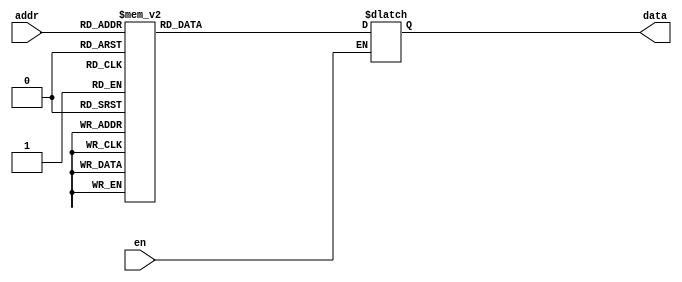
module ram_control_a
    (
        en,
        addr,
        data
    );
    
    input en;
    input [7:0] addr;
    
    output [15:0] data;
    
    reg [15:0] data;
    
    initial
        begin
            data = 16'b0000000000000000;
        end
    
    always @ (addr)
        begin
            if (en == 1'b0)
                begin
                    case (addr)
                        8'b00000000: data = 16'b0000000000000000;
                        8'b00000001: data = 16'b0000000011000000;
                        8'b00000010: data = 16'b0000110000011000;
                        8'b00000011: data = 16'b0000000000000000;
                        8'b00000100: data = 16'b0000000000000000;
                        8'b00000101: data = 16'b0000000000000000;
                        8'b00000110: data = 16'b0000000000000000;
                        8'b00000111: data = 16'b0000000000000001;
                        8'b00001000: data = 16'b0000000000000000;
                        8'b00001001: data = 16'b0000000000000000;
                        8'b00001010: data = 16'b0000000000000000;
                        8'b00001011: data = 16'b0000000000000000;
                        8'b00001100: data = 16'b0000000000000001;
                        8'b00001101: data = 16'b0000000011000000;
                        8'b00001110: data = 16'b0010110000000000;
                        8'b00001111: data = 16'b0000000000000000;
                        8'b00010000: data = 16'b0000000000000000;
                        8'b00010001: data = 16'b0000000000000000;
                        8'b00010010: data = 16'b0000000000000000;
                        8'b00010011: data = 16'b0000000000000001;
                        8'b00010100: data = 16'b0000000000000000;
                        8'b00010101: data = 16'b0000000000000000;
                        8'b00010110: data = 16'b0000000000000000;
                        8'b00010111: data = 16'b0000000000000000;
                        8'b00011000: data = 16'b0000000000000001;
                        8'b00011001: data = 16'b0000000000000000;
                        8'b00011010: data = 16'b0000000000000000;
                        8'b00011011: data = 16'b0000000000000000;
                        8'b00011100: data = 16'b0000000000000000;
                        8'b00011101: data = 16'b0000000000000001;
                        8'b00011110: data = 16'b0000000011000000;
                        8'b00011111: data = 16'b0010110000000000;
                        8'b00100000: data = 16'b0000000000000000;
                        8'b00100001: data = 16'b0000000000000000;
                        8'b00100010: data = 16'b0000000000000000;
                        8'b00100011: data = 16'b0000000000000000;
                        8'b00100100: data = 16'b0000000000000001;
                        8'b00100101: data = 16'b0000000000000000;
                        8'b00100110: data = 16'b0000000000000000;
                        8'b00100111: data = 16'b0000000000000000;
                        8'b00101000: data = 16'b0000000000000000;
                        8'b00101001: data = 16'b0000000000000001;
                        8'b00101010: data = 16'b0000000011000000;
                        8'b00101011: data = 16'b0000110000111000;
                        8'b00101100: data = 16'b0000000011000000;
                        8'b00101101: data = 16'b0000110000000000;
                        8'b00101110: data = 16'b0000000000000000;
                        8'b00101111: data = 16'b0000000000000000;
                        8'b00110000: data = 16'b0000000000000001;
                        8'b00110001: data = 16'b0000000011000000;
                        8'b00110010: data = 16'b0000110000000000;
                        8'b00110011: data = 16'b0000000000000000;
                        8'b00110100: data = 16'b0000000000000000;
                        8'b00110101: data = 16'b0000000000000001;
                        8'b00110110: data = 16'b0000000011000000;
                        8'b00110111: data = 16'b0000110000000000;
                        8'b00111000: data = 16'b0000000011000000;
                        8'b00111001: data = 16'b0010110000000000;
                        8'b00111010: data = 16'b0000000000000000;
                        8'b00111011: data = 16'b0000000000000000;
                        8'b00111100: data = 16'b0000000000000001;
                        8'b00111101: data = 16'b1100000011000000;
                        8'b00111110: data = 16'b0000110000000000;
                        8'b00111111: data = 16'b1100000011000000;
                        8'b01000000: data = 16'b0000000000000000;
                        8'b01000001: data = 16'b0001000000000000;
                        8'b01000010: data = 16'b0100100000000000;
                        8'b01000011: data = 16'b0001000000000000;
                        8'b01000100: data = 16'b0100010000000000;
                        8'b01000101: data = 16'b0000000000000001;
                        8'b01000110: data = 16'b0000000000000010;
                        8'b01000111: data = 16'b1100000011000000;
                        8'b01001000: data = 16'b0000110000000000;
                        8'b01001001: data = 16'b1100000011000000;
                        8'b01001010: data = 16'b0000110000000000;
                        8'b01001011: data = 16'b0001000000000000;
                        8'b01001100: data = 16'b0100100000000010;
                        8'b01001101: data = 16'b0001000000000000;
                        8'b01001110: data = 16'b0100010000000010;
                        8'b01001111: data = 16'b0000000000000001;
                        8'b01010000: data = 16'b1100000011000000;
                        8'b01010001: data = 16'b0000110000000000;
                        8'b01010010: data = 16'b1100000011000000;
                        8'b01010011: data = 16'b0000110000000000;
                        8'b01010100: data = 16'b0001000000000000;
                        8'b01010101: data = 16'b0100100000000100;
                        8'b01010110: data = 16'b0001000000000000;
                        8'b01010111: data = 16'b0100010000000100;
                        8'b01011000: data = 16'b0000000000000001;
                        8'b01011001: data = 16'b1100000000000000;
                        8'b01011010: data = 16'b1100000000000000;
                        8'b01011011: data = 16'b1100000011000000;
                        8'b01011100: data = 16'b0000110000000000;
                        8'b01011101: data = 16'b1100000011000000;
                        8'b01011110: data = 16'b0000110000000000;
                        8'b01011111: data = 16'b0100000000000000;
                        8'b01100000: data = 16'b0100000000000000;
                        8'b01100001: data = 16'b0100000100000000;
                        8'b01100010: data = 16'b0000000000000000;
                        8'b01100011: data = 16'b1100001000000000;
                        8'b01100100: data = 16'b0000000000000000;
                        8'b01100101: data = 16'b1100000000000000;
                        8'b01100110: data = 16'b1100000000000000;
                        8'b01100111: data = 16'b0001000000000000;
                        8'b01101000: data = 16'b0100100000000000;
                        8'b01101001: data = 16'b0001000000000000;
                        8'b01101010: data = 16'b0100010000000000;
                        8'b01101011: data = 16'b0000000000000001;
                        8'b01101100: data = 16'b0001000000000000;
                        8'b01101101: data = 16'b0100100000000000;
                        8'b01101110: data = 16'b0001000000000000;
                        8'b01101111: data = 16'b0100010000000000;
                        8'b01110000: data = 16'b0000000000000001;
                        8'b01110001: data = 16'b0000000000000000;
                        8'b01110010: data = 16'b0000000000000000;
                        8'b01110011: data = 16'b0000000000000000;
                        8'b01110100: data = 16'b0000000000000000;
                        8'b01110101: data = 16'b0000000000000000;
                        8'b01110110: data = 16'b0000000000000000;
                        8'b01110111: data = 16'b0000000000000000;
                        8'b01111000: data = 16'b0000000000000000;
                        8'b01111001: data = 16'b0000000000000000;
                        8'b01111010: data = 16'b0000000000000000;
                        8'b01111011: data = 16'b0000000000000000;
                        8'b01111100: data = 16'b0000000000000000;
                        8'b01111101: data = 16'b0000000000000000;
                        8'b01111110: data = 16'b0000000000000000;
                        8'b01111111: data = 16'b0000000000000000;
                        8'b10000000: data = 16'b0000000000000000;
                        8'b10000001: data = 16'b0000000000000000;
                        8'b10000010: data = 16'b0000000000000000;
                        8'b10000011: data = 16'b0000000000000000;
                        8'b10000100: data = 16'b0000000000000000;
                        8'b10000101: data = 16'b0000000000000000;
                        8'b10000110: data = 16'b0000000000000000;
                        8'b10000111: data = 16'b0000000000000000;
                        8'b10001000: data = 16'b0000000000000000;
                        8'b10001001: data = 16'b0000000000000000;
                        8'b10001010: data = 16'b0000000000000000;
                        8'b10001011: data = 16'b0000000000000000;
                        8'b10001100: data = 16'b0000000000000000;
                        8'b10001101: data = 16'b0000000000000000;
                        8'b10001110: data = 16'b0000000000000000;
                        8'b10001111: data = 16'b0000000000000000;
                        8'b10010000: data = 16'b0000000000000000;
                        8'b10010001: data = 16'b0000000000000000;
                        8'b10010010: data = 16'b0000000000000000;
                        8'b10010011: data = 16'b0000000000000000;
                        8'b10010100: data = 16'b0000000000000000;
                        8'b10010101: data = 16'b0000000000000000;
                        8'b10010110: data = 16'b0000000000000000;
                        8'b10010111: data = 16'b0000000000000000;
                        8'b10011000: data = 16'b0000000000000000;
                        8'b10011001: data = 16'b0000000000000000;
                        8'b10011010: data = 16'b0000000000000000;
                        8'b10011011: data = 16'b0000000000000000;
                        8'b10011100: data = 16'b0000000000000000;
                        8'b10011101: data = 16'b0000000000000000;
                        8'b10011110: data = 16'b0000000000000000;
                        8'b10011111: data = 16'b0000000000000000;
                        8'b10100000: data = 16'b0000000000000000;
                        8'b10100001: data = 16'b0000000000000000;
                        8'b10100010: data = 16'b0000000000000000;
                        8'b10100011: data = 16'b0000000000000000;
                        8'b10100100: data = 16'b0000000000000000;
                        8'b10100101: data = 16'b0000000000000000;
                        8'b10100110: data = 16'b0000000000000000;
                        8'b10100111: data = 16'b0000000000000000;
                        8'b10101000: data = 16'b0000000000000000;
                        8'b10101001: data = 16'b0000000000000000;
                        8'b10101010: data = 16'b0000000000000000;
                        8'b10101011: data = 16'b0000000000000000;
                        8'b10101100: data = 16'b0000000000000000;
                        8'b10101101: data = 16'b0000000000000000;
                        8'b10101110: data = 16'b0000000000000000;
                        8'b10101111: data = 16'b0000000000000000;
                        8'b10110000: data = 16'b0000000000000000;
                        8'b10110001: data = 16'b0000000000000000;
                        8'b10110010: data = 16'b0000000000000000;
                        8'b10110011: data = 16'b0000000000000000;
                        8'b10110100: data = 16'b0000000000000000;
                        8'b10110101: data = 16'b0000000000000000;
                        8'b10110110: data = 16'b0000000000000000;
                        8'b10110111: data = 16'b0000000000000000;
                        8'b10111000: data = 16'b0000000000000000;
                        8'b10111001: data = 16'b0000000000000000;
                        8'b10111010: data = 16'b0000000000000000;
                        8'b10111011: data = 16'b0000000000000000;
                        8'b10111100: data = 16'b0000000000000000;
                        8'b10111101: data = 16'b0000000000000000;
                        8'b10111110: data = 16'b0000000000000000;
                        8'b10111111: data = 16'b0000000000000000;
                        8'b11000000: data = 16'b0000000000000000;
                        8'b11000001: data = 16'b0000000000000000;
                        8'b11000010: data = 16'b0000000000000000;
                        8'b11000011: data = 16'b0000000000000000;
                        8'b11000100: data = 16'b0000000000000000;
                        8'b11000101: data = 16'b0000000000000000;
                        8'b11000110: data = 16'b0000000000000000;
                        8'b11000111: data = 16'b0000000000000000;
                        8'b11001000: data = 16'b0000000000000000;
                        8'b11001001: data = 16'b0000000000000000;
                        8'b11001010: data = 16'b0000000000000000;
                        8'b11001011: data = 16'b0000000000000000;
                        8'b11001100: data = 16'b0000000000000000;
                        8'b11001101: data = 16'b0000000000000000;
                        8'b11001110: data = 16'b0000000000000000;
                        8'b11001111: data = 16'b0000000000000000;
                        8'b11010000: data = 16'b0000000000000000;
                        8'b11010001: data = 16'b0000000000000000;
                        8'b11010010: data = 16'b0000000000000000;
                        8'b11010011: data = 16'b0000000000000000;
                        8'b11010100: data = 16'b0000000000000000;
                        8'b11010101: data = 16'b0000000000000000;
                        8'b11010110: data = 16'b0000000000000000;
                        8'b11010111: data = 16'b0000000000000000;
                        8'b11011000: data = 16'b0000000000000000;
                        8'b11011001: data = 16'b0000000000000000;
                        8'b11011010: data = 16'b0000000000000000;
                        8'b11011011: data = 16'b0000000000000000;
                        8'b11011100: data = 16'b0000000000000000;
                        8'b11011101: data = 16'b0000000000000000;
                        8'b11011110: data = 16'b0000000000000000;
                        8'b11011111: data = 16'b0000000000000000;
                        8'b11100000: data = 16'b0000000000000000;
                        8'b11100001: data = 16'b0000000000000000;
                        8'b11100010: data = 16'b0000000000000000;
                        8'b11100011: data = 16'b0000000000000000;
                        8'b11100100: data = 16'b0000000000000000;
                        8'b11100101: data = 16'b0000000000000000;
                        8'b11100110: data = 16'b0000000000000000;
                        8'b11100111: data = 16'b0000000000000000;
                        8'b11101000: data = 16'b0000000000000000;
                        8'b11101001: data = 16'b0000000000000000;
                        8'b11101010: data = 16'b0000000000000000;
                        8'b11101011: data = 16'b0000000000000000;
                        8'b11101100: data = 16'b0000000000000000;
                        8'b11101101: data = 16'b0000000000000000;
                        8'b11101110: data = 16'b0000000000000000;
                        8'b11101111: data = 16'b0000000000000000;
                        8'b11110000: data = 16'b0000000000000000;
                        8'b11110001: data = 16'b0000000000000000;
                        8'b11110010: data = 16'b0000000000000000;
                        8'b11110011: data = 16'b0000000000000000;
                        8'b11110100: data = 16'b0000000000000000;
                        8'b11110101: data = 16'b0000000000000000;
                        8'b11110110: data = 16'b0000000000000000;
                        8'b11110111: data = 16'b0000000000000000;
                        8'b11111000: data = 16'b0000000000000000;
                        8'b11111001: data = 16'b0000000000000000;
                        8'b11111010: data = 16'b0000000000000000;
                        8'b11111011: data = 16'b0000000000000000;
                        8'b11111100: data = 16'b0000000000000000;
                        8'b11111101: data = 16'b0000000000000000;
                        8'b11111110: data = 16'b0000000000000000;
                        8'b11111111: data = 16'b0000000000000000;
                    endcase
                end
        end
    
endmodule